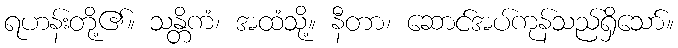
ရဟန်းတို့၏။ သန္တိကံ၊ အထံသို့။ နီတာ၊ ဆောင်အပ်ကုန်သည်ရှိသော်။